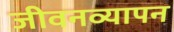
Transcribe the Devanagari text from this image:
जीवनव्यापन